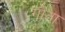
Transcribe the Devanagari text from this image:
गौता